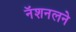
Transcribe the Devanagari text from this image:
नॅशनलने